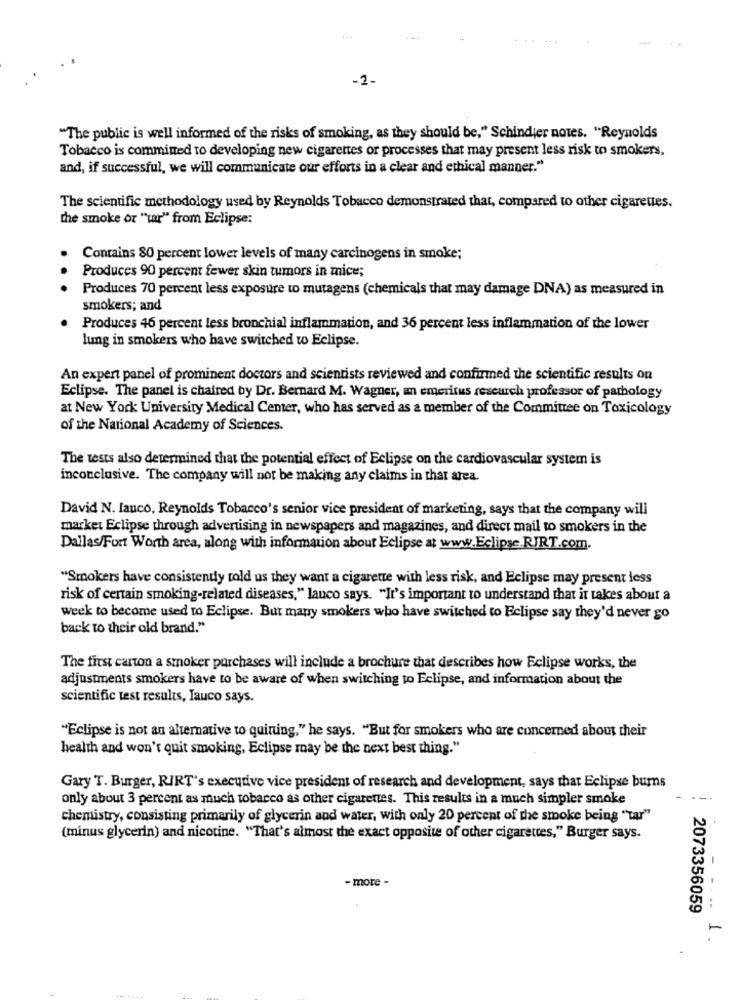
-2.
"The public is well informed of the risks of smoking, as they should be," Schindler notes. "Reynolds
Tobacco is committed to developing new cigarettes or processes that may present less risk to smokers.
and, if successful, we will communicate our efforts in a clear and ethical manner."
The scientific methodology used by Reynolds Tobacco demonstrated that, compared to other cigarettes.
the smoke or "tar" from Eclipse:
Contains 80 percent lower levels of many carcinogens in smoke;
..
Produces 90 percent fewer skin tumors in mice;
Produces 70 percent less exposure to mutagens (chemicals that may damage DNA) as measured in
smokers; and
Produces 46 percent less bronchial inflammation, and 36 percent less inflammation of the lower
lung in smokers who have switched to Eclipse.
An expert panel of prominent doctors and scientists reviewed and confirmed the scientific results on
Eclipse. The panel is chaired by Dr. Bernard M. Wagner, an emeritus reseurch professor of pathology
at New York University Medical Center, who has served as a member of the Committee on Toxicology
of the National Academy of Sciences.
The tests also determined that the potential effect of Eclipse on the cardiovascular system is
inconclusive. The company will not be making any claims in that area.
David N. [anco, Reynolds Tobacco's senior vice president of marketing, says that the company will
market Eclipse through advertising in newspapers and magazines, and direct mail to smokers in the
Dallas/Fort Worth area, along with information about Eclipse at www.Eclipse RJRT.com.
"Smokers have consistently told us they want a cigarette with less risk, and Eclipse may present less
risk of certain smoking-related diseases," lanco says. "It's important to understand that it takes about a
week to become used to Eclipse. But many smokers who have switched to Eclipse say they'd never go
back to their old brand."
The first carton a smoker purchases will include a brochure that describes how Eclipse works, the
adjustments smokers have to be aware of when switching to Eclipse, and information about the
scientific test results, Jauco says.
"Eclipse is not an alternative to quining," he says. "But for smokers who are concerned about their
health and won't quit smoking, Eclipse may be the next best thing."
Gary T. Burger, RIRT's executive vice president of research and development, says that Eclipse burns
only about 3 percent as much tobacco as other cigarettes. This results in a much simpler smoke
chemistry, consisting primarily of glycerin and water, with only 20 percent of the smoke being "tar"
(minus glycerin) and nicotine. "That's almost the exact opposite of other cigarettes," Burger says.
- more -
2073356059
- .... ..